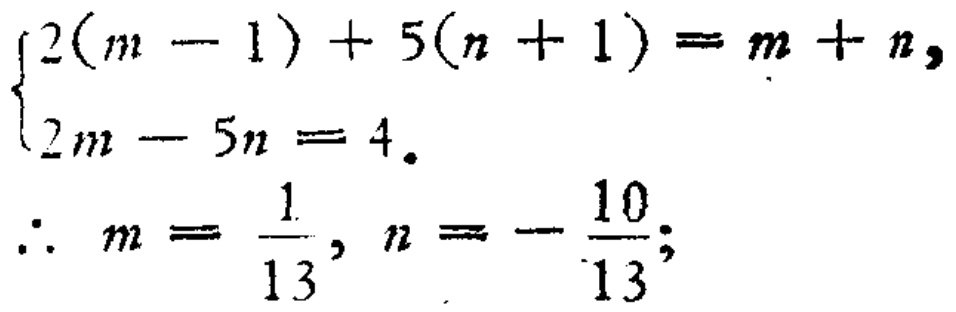
\[\begin{cases}2(m - 1)+5(n + 1)=m + n,\\2m - 5n = 4.\end{cases}\]
\[\therefore m=\frac{1}{13},n = -\frac{10}{13};\]